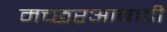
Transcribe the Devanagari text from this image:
मच्छरआबादी